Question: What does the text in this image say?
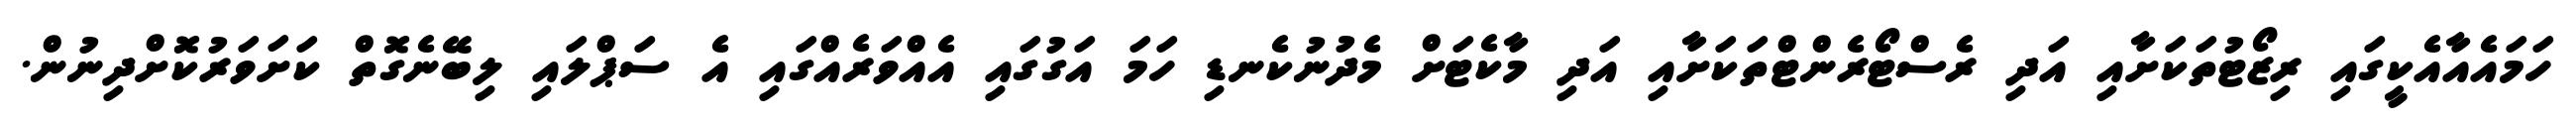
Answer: ހަމައެއާއެކީގައި ރިޒޯޓުތަކަށާއި އަދި ރެސްޓޯރެންޓްތަކަށާއި އަދި މާކެޓަށް މެދުނުކެނޑި ހަމަ އަގުގައި އެއްވަރެއްގައި އެ ސަޕްލައި ލިބޭނެގޮތް ކަށަވަރުކޮށްދިނުން.